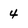
Character: 4